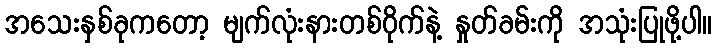
အသေးနှစ်ခုကတော့ မျက်လုံးနားတစ်ဝိုက်နဲ့ နှုတ်ခမ်းကို အသုံးပြုဖို့ပါ။